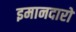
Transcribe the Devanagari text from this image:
इमानदारो